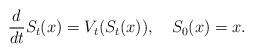
LaTeX: \begin{align*} \frac{d}{dt}S_t(x) =V_t(S_t(x)), \ \ \ S_0(x) = x.\end{align*}